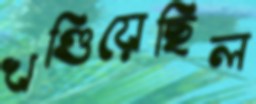
খণ্ডিয়েছিল